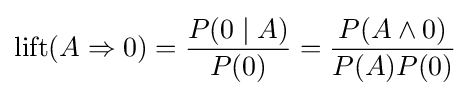
\operatorname {lift} (A\Rightarrow 0)={\frac {P(0\mid A)}{P(0)}}={\frac {P(A\land 0)}{P(A)P(0)}}